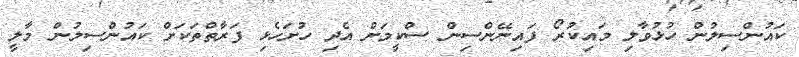
ކައުންސިލުން ހުޅުވާލި މައިކުރޯ ފައިނޭންސިން ސްކީމަށް އެދި ހުށަހެޅި ފަރާތްތަކަށް ކައުންސިލުން މާލީ